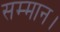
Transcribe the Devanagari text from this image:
सम्‍मान।